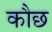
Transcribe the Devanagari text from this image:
कौछ